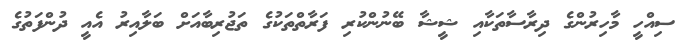
ސިއްހީ މާހިރުންގެ ދިރާސާތަކާއި ޝީޝާ ބޭނުންކުރި ފަރާތްތަކުގެ ތަޖުރިބާއަށް ބަލާއިރު އެއީ ދުންފަތުގެ